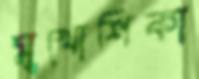
মুখোশিকা